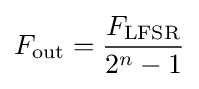
F_{\text{out}}={\frac {F_{\text{LFSR}}}{2^{n}-1}}